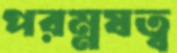
পরম্নষত্ব